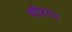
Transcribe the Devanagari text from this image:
पीरा।।